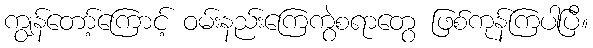
ကျွန်တော့်ကြောင့် ဝမ်းနည်းကြေကွဲစရာတွေ ဖြစ်ကုန်ကြပါပြီ။